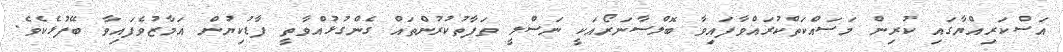
އަސްކަރިއްޔާގައި ކުރިން މަސައްކަތްކުރައްވާފައިވާ ބޮލްސާނަރޯއަކީ ނަސްލީ ތަފާތުކުރުންތައް ގެންގުޅުއްވާތީ ފާޑުކިޔުން އަމާޒުވެފައިވާ ބޭފުޅެކެވެ.